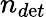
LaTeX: n_{d\mathrm{e}t}